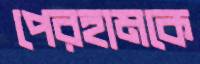
পেরহামকে